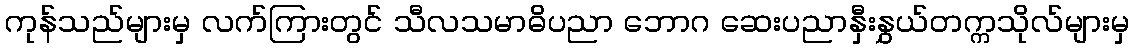
ကုန်သည်များမှ လက်ကြားတွင် သီလသမာဓိပညာ ဘောဂ ဆေးပညာနှီးနွှယ်တက္ကသိုလ်များမှ